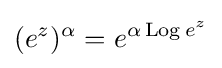
(e^{z})^{\alpha }=e^{\alpha \operatorname {Log} e^{z}}